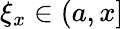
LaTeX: \xi_{x}\in(a,x]